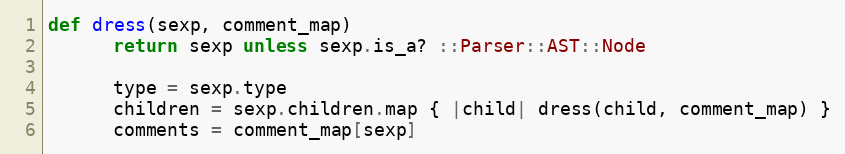
Language: Ruby
def dress(sexp, comment_map)
      return sexp unless sexp.is_a? ::Parser::AST::Node

      type = sexp.type
      children = sexp.children.map { |child| dress(child, comment_map) }
      comments = comment_map[sexp]